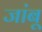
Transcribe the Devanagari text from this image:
जांबू